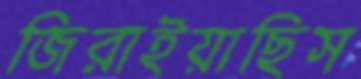
জিরাইয়াছিস